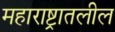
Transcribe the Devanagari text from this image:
महाराष्ट्रातलील